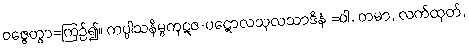
ဝဇ္ဇေတွာ=ကြဉ်၍။ ကပ္ပါသနိမ္ဗကုဋဇ-ပဋောလသုလသာဒိနံ =ဝါ, တမာ, လက်ထုတ်,